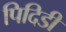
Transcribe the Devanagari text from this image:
पिदिडी